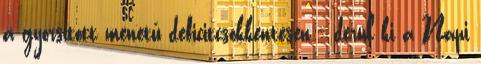
a gyorsított menetű deficitcsökkentésen - derül ki a Napi